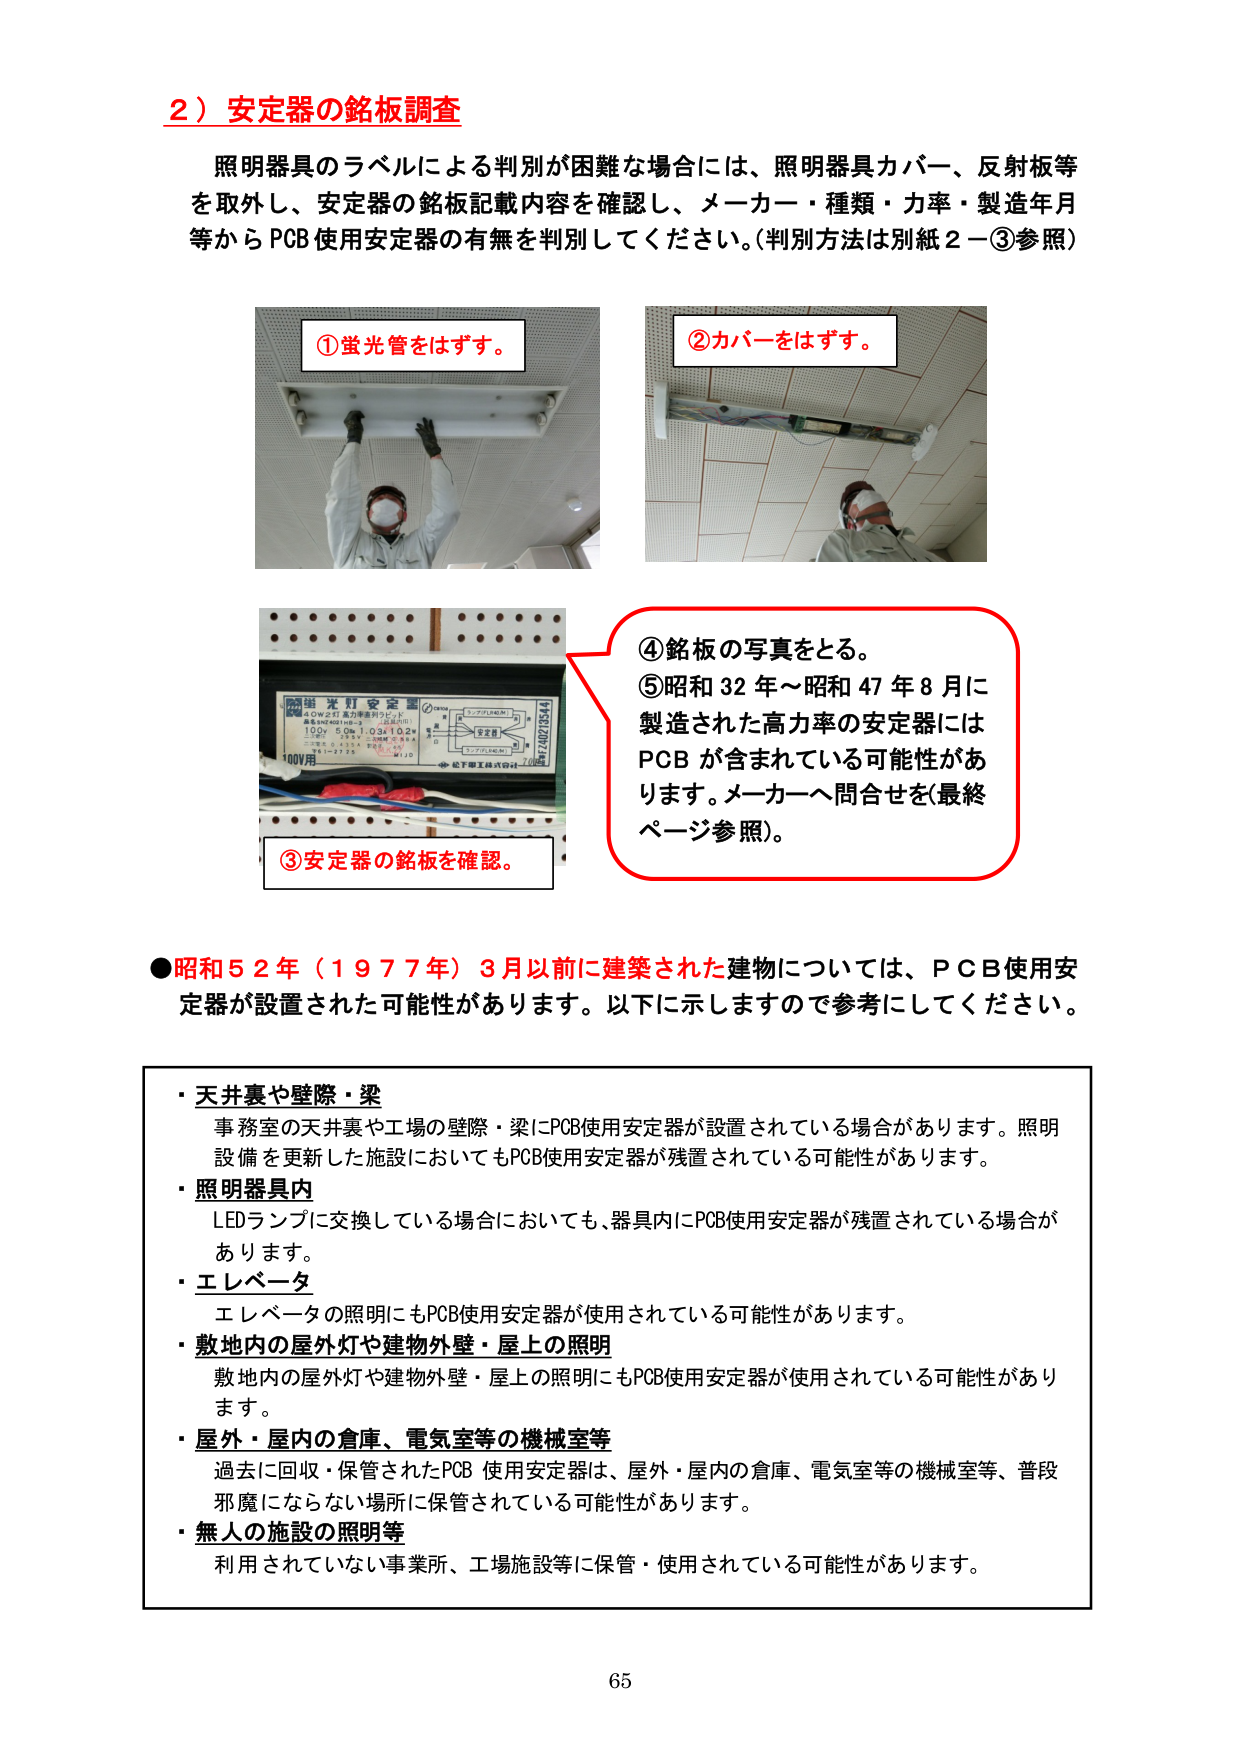
2）安定器の銘板調査
照明器具のラベルによる判別が困難な場合には、照明器具カバー、反射板等を取外し、安定器の銘板記載内容を確認し、メーカー・種類・力率・製造年月等からPCB使用安定器の有無を判別してください。（判別方法は別紙2－③参照）

①蛍光管をはずす。
②カバーをはずす。
③安定器の銘板を確認。
④銘板の写真をとる。
⑤昭和32年～昭和47年8月に製造された高力率の安定器にはPCBが含まれている可能性があります。メーカーへ問合せを（最終ページ参照）。

●昭和52年（1977年）3月以前に建築された建物については、PCB使用安定器が設置された可能性があります。以下に示しますので参考にしてください。

・天井裏や壁際・梁
事務室の天井裏や工場の壁際・梁にPCB使用安定器が設置されている場合があります。照明設備を更新した施設においてもPCB使用安定器が残置されている可能性があります。

・照明器具内
LEDランプに交換している場合においても、器具内にPCB使用安定器が残置されている場合があります。

・エレベータ
エレベータの照明にもPCB使用安定器が使用されている可能性があります。

・敷地内の屋外灯や建物外壁・屋上の照明
敷地内の屋外灯や建物外壁・屋上の照明にもPCB使用安定器が使用されている可能性があります。

・屋外・屋内の倉庫、電気室等の機械室等
過去に回収・保管されたPCB使用安定器は、屋外・屋内の倉庫、電気室等の機械室等、普段邪魔にならない場所に保管されている可能性があります。

・無人の施設の照明等
利用されていない事業所、工場施設等に保管・使用されている可能性があります。

65